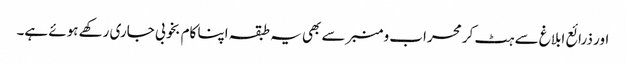
اور ذرائع ابلاغ سے ہٹ کر محراب و منبر سے بھی یہ طبقہ اپنا کام بخوبی جاری رکھے ہوئے ہے۔